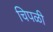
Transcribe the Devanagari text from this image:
चिपळी